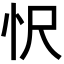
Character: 𢗜